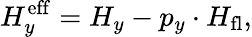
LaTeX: H_{y}^{\mathrm{eff}}=H_{y}-p_{y}\cdot H_{\mathrm{fl}},